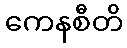
ကေနစီတိ